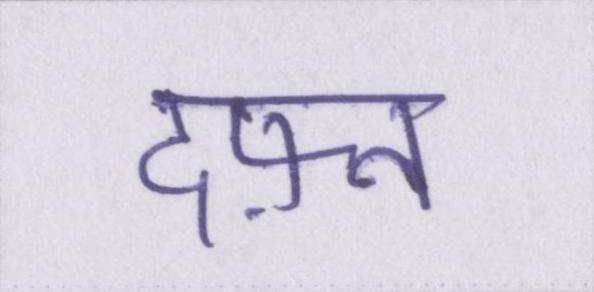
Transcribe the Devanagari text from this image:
दफ़्न